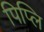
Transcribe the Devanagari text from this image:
पिप्लि